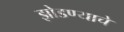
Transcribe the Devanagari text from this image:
झोडण्याचे